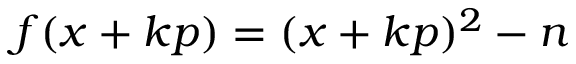
f ( x + k p ) = ( x + k p ) ^ { 2 } - n